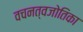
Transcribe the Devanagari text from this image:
वचनत्वजोतिका